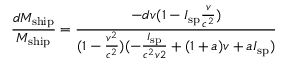
{ \frac { d M _ { \mathrm { s h i p } } } { M _ { \mathrm { s h i p } } } } = { \frac { - d v ( 1 - I _ { \mathrm { s p } } { \frac { v } { c ^ { 2 } } } ) } { ( 1 - { \frac { v ^ { 2 } } { c ^ { 2 } } } ) ( - { \frac { I _ { \mathrm { s p } } } { c ^ { 2 } v 2 } } + ( 1 + a ) v + a I _ { \mathrm { s p } } ) } }